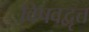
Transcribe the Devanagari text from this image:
विषवद्वृत्त